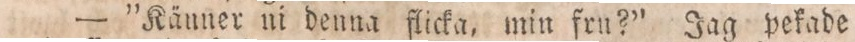
— ”Känner ni denna flicka, min fru?” Jag pekade